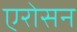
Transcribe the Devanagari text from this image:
एरोसन